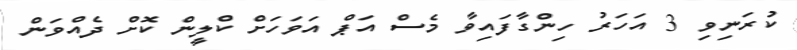
ކުރަނިވި 3 އަހަރު ހިންގާފައިވާ މެސް އަޕް އަވަހަށް ކްލީން ކޮށް ދެއްވަން